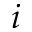
i